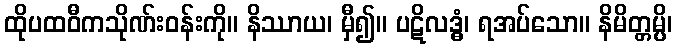
ထိုပထဝီကသိုဏ်းဝန်းကို။ နိဿာယ၊ မှီ၍။ ပဋိလဒ္ဓံ၊ ရအပ်သော။ နိမိတ္တမ္ပိ၊